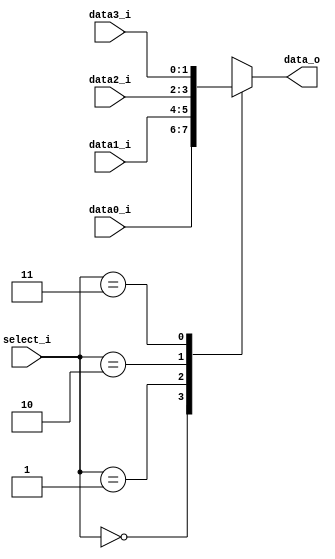
//Subject:     CO project 2 - MUX 4to1
//--------------------------------------------------------------------------------
//Version:     1
//--------------------------------------------------------------------------------
//Writer:       0340249
//----------------------------------------------
//----------------------------------------------
//Description: 
//--------------------------------------------------------------------------------
     
module MUX_4to1(
               data0_i,
               data1_i,
               data2_i,
               data3_i,
               select_i,
               data_o
);

parameter size = 0;			   
			
//I/O ports               
input   [size-1:0] data0_i;          
input   [size-1:0] data1_i;
input   [size-1:0] data2_i;
input   [size-1:0] data3_i;
input   [2-1:0]    select_i;
output  [size-1:0] data_o; 

//Internal Signals
reg     [size-1:0] data_o;

//Main function
always @(data0_i or data1_i or data2_i or data3_i or select_i)
begin
	//$display("%b %b %b %b %b", data0_i, data1_i, data2_i, data3_i, select_i);
	case (select_i)
		2'b00:
			data_o = data0_i;
		2'b01:
			data_o = data1_i;
		2'b10:
			data_o = data2_i;
		2'b11:
			data_o = data3_i;
	endcase
end

endmodule      

/*
module stimulus;

reg in0, in1;
reg s;
wire out;

MUX_2to1 mux(in0, in1, s, out);

initial
begin
	in0 = 1; in1 = 2;
	$display("%b, %b", in0, in1);

	s = 0;
	#1 $display("%b", out);

	s = 1;
	#1 $display("%b", out);
end

endmodule
*/